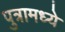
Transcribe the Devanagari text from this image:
पुत्रामध्ये